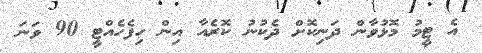
އެ ޓީމު މޮޅުވާން ދަނިކޮށް ދެކުނު ކޮރެއާ އިން ހިފެހެއްޓީ 90 ވަނަ